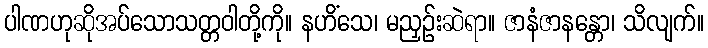
ပါဏဟုဆိုအပ်သောသတ္တဝါတို့ကို။ နဟိံသေ၊ မညှဉ်းဆဲရာ။ ဇာနံဇာနန္တော၊ သိလျက်။